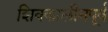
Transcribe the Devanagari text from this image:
शिवकालीनपूर्व